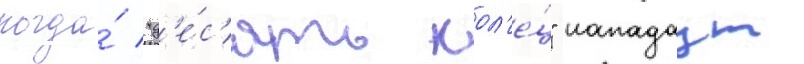
когда́ "д'е́с'ять кол'е́ц" нападаут